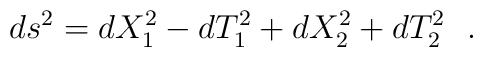
ds^2=dX^2_1-dT^2_1+dX^2_2+dT^2_2~~.